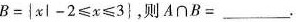
B=|x|-2≤x≤3}，则A∩B=____。